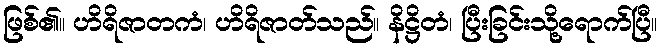
ဖြစ်၏။ ဟိရိဇာတကံ၊ ဟိရိဇာတ်သည်။ နိဋ္ဌိတံ၊ ပြီးခြင်းသို့ရောက်ပြီ။